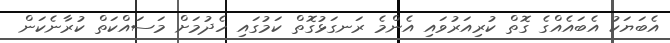
އެބަޔަކު އެބައެއްގެ ގޮތް ކުރިއަރުވައި އެންމެ ރަނގަޅުގޮތް ކަމުގައި ހެދުމަށް މަސައްކަތް ކުރާނެކަން